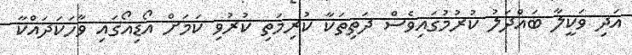
އަދި ވަކީލާ ބައްދަލު ކުރުމުގައިވެސް ދަތިތަކާ ކުރިމަތި ކުރުވި ކަމަށް އޯޑިއޯގައި ވާހަކަދައްކާ